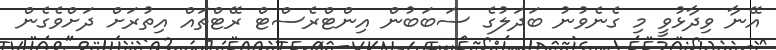
އޭނާ ވިދާޅުވީ މި ގެނެވުނު ބަދަލުގެ ސަބަބުން އިންޓްރެސްޓް ރޭޓްތައް އިތުރަށް ދަށްވެގެން